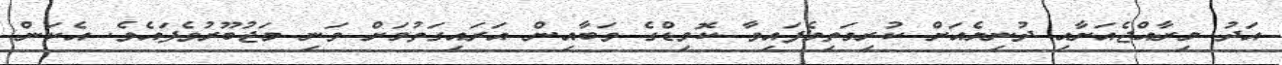
އަދު މިރާއްޖެއަށާއި ދުނިޔެއަށް ކުރިމަތިވެފައިވާ ކޮވިޑްގެ ވަބާއިން އަރައިގަތުމަށް ވަނި މަޖުބޫރުވެފައެވެ. އެކަން